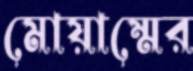
মোয়াম্মের